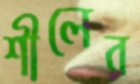
শীলের